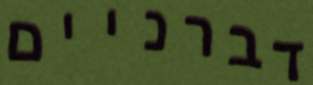
דברניים